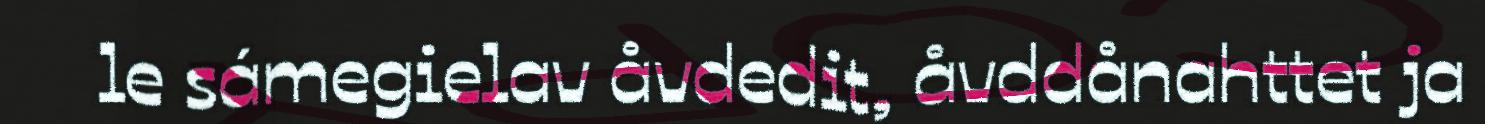
le sámegielav åvdedit, åvddånahttet ja